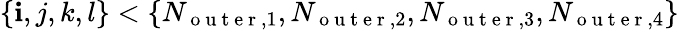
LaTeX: \{ \mathbf{i},j,k,l\} <\{ N_{\mathrm{{~o~u~t~e~r~}},1},N_{\mathrm{{~o~u~t~e~r~}},2},N_{\mathrm{{~o~u~t~e~r~}},3},N_{\mathrm{{~o~u~t~e~r~}},4}\}